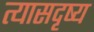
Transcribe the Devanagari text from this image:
त्यासदृष्य